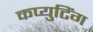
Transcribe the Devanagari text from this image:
कप्युटिंग